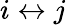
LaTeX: i\leftrightarrow j